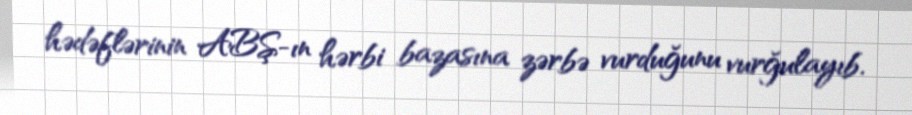
hədəflərinin ABŞ-ın hərbi bazasına zərbə vurduğunu vurğulayıb.